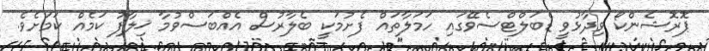
ޕޮރޮޝެންކޯ ވިދާޅުވީ ޑެބަލްޓްސެވޭގައި ހަމަލާތައް ފެށުމަކީ ބެލާރުސް އެއްބަސްވުމާ ޚިލާފު ކަމެއް ކަމަށެވެ.